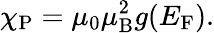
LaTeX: \chi_{\mathrm{P}}=\mu_{0}\mu_{\mathrm{B}}^{2}g(E_{\mathrm{F}}).